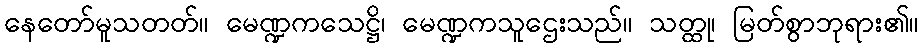
နေတော်မူသတတ်။ မေဏ္ဍကသေဋ္ဌိ၊ မေဏ္ဍကသူဌေးသည်။ သတ္ထု၊ မြတ်စွာဘုရား၏။